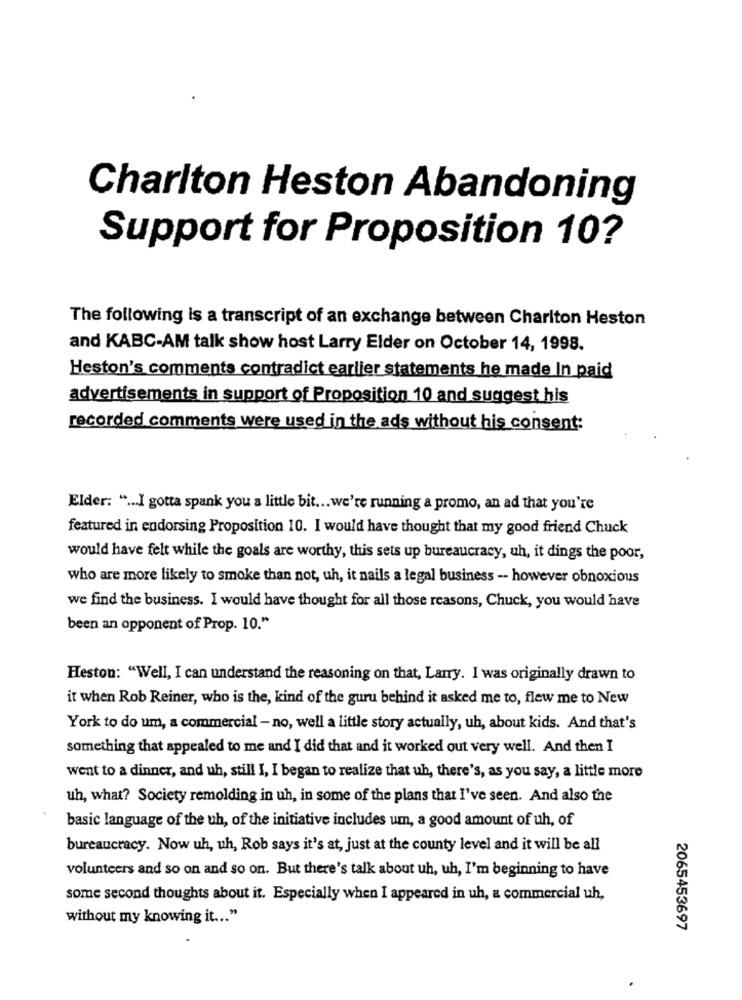
Charlton Heston Abandoning
Support for Proposition 10?
The following is a transcript of an exchange between Charlton Heston
and KABC-AM talk show host Larry Elder on October 14, 1998.
Heston's comments contradict earlier statements he made In paid
advertisements in support of Proposition 10 and suggest his
recorded comments were used in the ads without his consent:
Elder: " ... I gotta spank you a little bit ... we're running a promo, an ad that you're
featured in endorsing Proposition 10. I would have thought that my good friend Chuck
would have felt while the goals are worthy, this sets up bureaucracy, uh, it dings the poor,
who are more likely to smoke than not, uh, it nails a legal business -- however obnoxious
we find the business. I would have thought for all those reasons, Chuck, you would have
been an opponent of Prop. 10."
Heston: "Well, I can understand the reasoning on that, Larry. I was originally drawn to
it when Rob Reiner, who is the, kind of the guru behind it asked me to, flew me to New
York to do um, a commercial - no, well a little story actually, uh, about kids. And that's
something that appealed to me and I did that and it worked out very well. And then I
went to a dinner, and uh, still I, I began to realize that uh, there's, as you say, a little more
uh, what? Society remolding in uh, in some of the plans that I've seen. And also the
basic language of the uh, of the initiative includes um, a good amount of uh, of
bureaucracy. Now uh, uh, Rob says it's at, just at the county level and it will be all
volunteers and so on and so on. But there's talk about uh, uh, I'm beginning to have
some second thoughts about it. Especially when I appeared in uh, a commercial uh,
without my knowing it ... "
2065453697